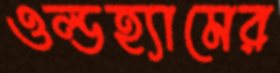
ওল্ডহ্যামের